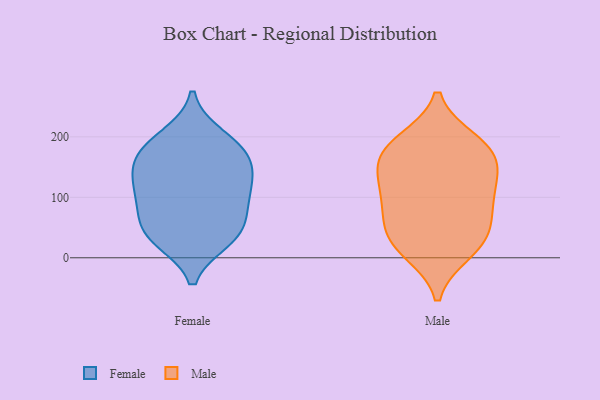
{"axis": {"x": "Page Views", "y": "Value"}, "legend": ["Female", "Male"], "data": [{"x": "", "y": 182, "type": "Female"}, {"x": "", "y": 56, "type": "Female"}, {"x": "", "y": 121, "type": "Female"}, {"x": "", "y": 38, "type": "Female"}, {"x": "", "y": 177, "type": "Female"}, {"x": "", "y": 155, "type": "Female"}, {"x": "", "y": 39, "type": "Female"}, {"x": "", "y": 154, "type": "Female"}, {"x": "", "y": 100, "type": "Female"}, {"x": "", "y": 89, "type": "Female"}, {"x": "", "y": 119, "type": "Female"}, {"x": "", "y": 200, "type": "Female"}, {"x": "", "y": 31, "type": "Female"}, {"x": "", "y": 84, "type": "Male"}, {"x": "", "y": 10, "type": "Male"}, {"x": "", "y": 193, "type": "Male"}, {"x": "", "y": 143, "type": "Male"}, {"x": "", "y": 178, "type": "Male"}, {"x": "", "y": 119, "type": "Male"}, {"x": "", "y": 25, "type": "Male"}, {"x": "", "y": 48, "type": "Male"}, {"x": "", "y": 22, "type": "Male"}, {"x": "", "y": 67, "type": "Male"}, {"x": "", "y": 101, "type": "Male"}, {"x": "", "y": 136, "type": "Male"}, {"x": "", "y": 182, "type": "Male"}, {"x": "", "y": 175, "type": "Male"}]}